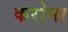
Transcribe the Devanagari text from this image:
करोना